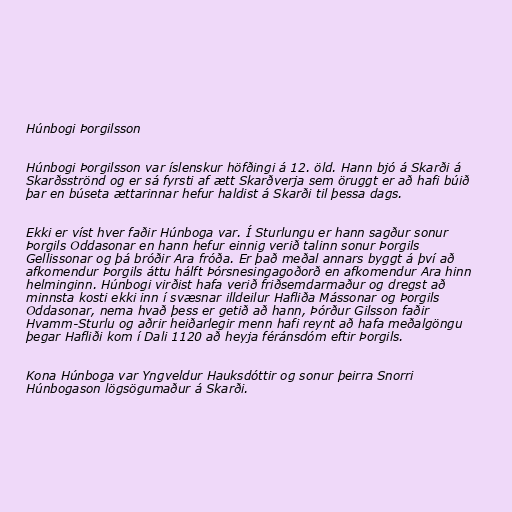
Húnbogi Þorgilsson

Húnbogi Þorgilsson var íslenskur höfðingi á 12. öld. Hann bjó á Skarði á
Skarðsströnd og er sá fyrsti af ætt Skarðverja sem öruggt er að hafi búið
þar en búseta ættarinnar hefur haldist á Skarði til þessa dags.

Ekki er víst hver faðir Húnboga var. Í Sturlungu er hann sagður sonur
Þorgils Oddasonar en hann hefur einnig verið talinn sonur Þorgils
Gellissonar og þá bróðir Ara fróða. Er það meðal annars byggt á því að
afkomendur Þorgils áttu hálft Þórsnesingagoðorð en afkomendur Ara hinn
helminginn. Húnbogi virðist hafa verið friðsemdarmaður og dregst að
minnsta kosti ekki inn í svæsnar illdeilur Hafliða Mássonar og Þorgils
Oddasonar, nema hvað þess er getið að hann, Þórður Gilsson faðir
Hvamm-Sturlu og aðrir heiðarlegir menn hafi reynt að hafa meðalgöngu
þegar Hafliði kom í Dali 1120 að heyja féránsdóm eftir Þorgils.

Kona Húnboga var Yngveldur Hauksdóttir og sonur þeirra Snorri
Húnbogason lögsögumaður á Skarði.